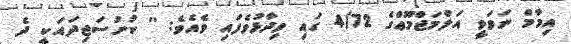
އިމާމް ނަވަވީ އަލްމަޖްމޫޢްގެ 4/72 ގައި ވިދާޅުވެފައި ވެއެވެ: '' ކުށުސަޖިދައަކީ ދެ